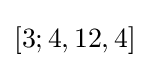
[3;4,12,4]